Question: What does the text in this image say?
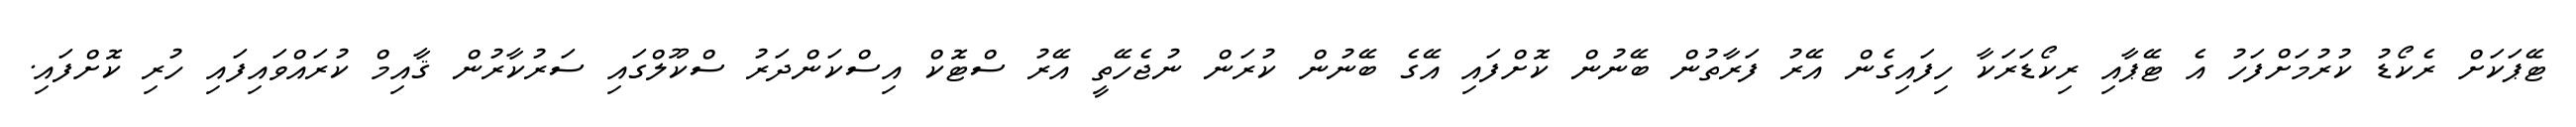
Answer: ޓޭޕަކަށް ރެކޯޑު ކުރުމަށްފަހު އެ ޓޭޕާއި ރިކޯޑަރަކާ ހިފައިގެން އޭރު ފަރާތުން ބޭނުން ކޮށްފައި އޭގެ ބޭނުން ކުރަން ނުޖެހޭތީ އޭރު ސްޓޮކް އިސްކަންދަރު ސްކޫލްގައި ސަރުކާރުން ޤާއިމް ކުރައްވައިފައި ހުރި ކޮށްފައި.